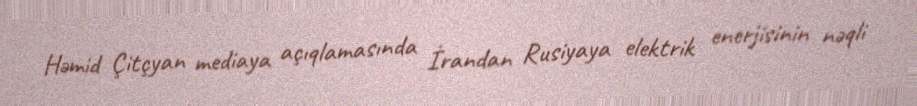
Həmid Çitçyan mediaya açıqlamasında İrandan Rusiyaya elektrik enerjisinin nəqli